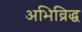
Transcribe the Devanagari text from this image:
अभिव्रिद्ध